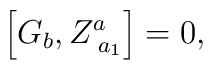
\left[ G_b,Z_{\;a_1}^a\right] =0,